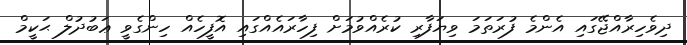
ދިވެހިރާއްޖޭގައި އެންމެ ފުރަތަމަ ވިޔަފާރި ކުރެއްވުމަށް ފިހާރައެއްގައި އޮފީހެއް ހިންގެވީ ޢަބުދުލް ޙަކީމް